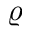
\varrho